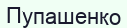
Пупашенко